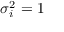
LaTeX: \sigma _ { i } ^ { 2 } = 1